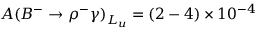
A ( B ^ { - } \to \rho ^ { - } \gamma ) _ { L _ { u } } = ( 2 - 4 ) \times 1 0 ^ { - 4 }